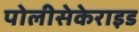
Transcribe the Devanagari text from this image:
पोलीसेकेराइड